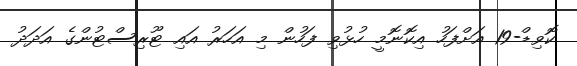
ކޮވިޑް-19 އަށްފަހު އިކޮނޮމީ ހުޅުވި ފަހުން މި އަހަރު އައި ޓޫރިސްޓުންގެ އަދަދު